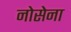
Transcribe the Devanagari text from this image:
नोसेना